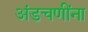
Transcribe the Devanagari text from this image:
अंडचणींना